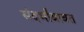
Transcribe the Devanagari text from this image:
संदर्भांबाबत